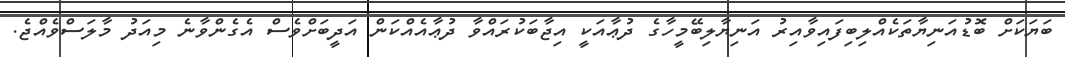
ބަޔަކަށް ބޮޑުއަނިޔާތަކެއްލިބިފައިވާއިރު އަނިޔާލިބޭމީހާގެ ދުޢާއަކީ އިޖާބަކުރައްވާ ދުޢާއެއްކަން އަދީބަށްވެސް އެގެންވާނެ މިއަދު މާލަސްވެއްޖެ.